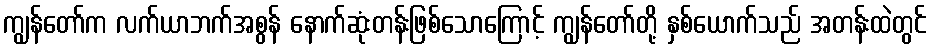
ကျွန်တော်က လက်ယာဘက်အစွန် နောက်ဆုံးတန်းဖြစ်သောကြောင့် ကျွန်တော်တို့ နှစ်ယောက်သည် အတန်းထဲတွင်